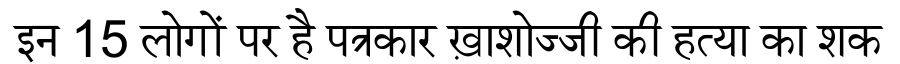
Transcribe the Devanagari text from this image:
इन 15 लोगों पर है पत्रकार ख़ाशोज्जी की हत्या का शक